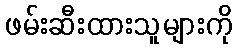
ဖမ်းဆီးထားသူများကို